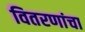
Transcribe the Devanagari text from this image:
वितरणांचा